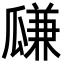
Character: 㼓